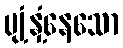
ပျံ့နှံ့နေသော